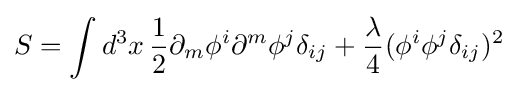
S=\int d^{3}x\,{\frac {1}{2}}\partial _{m}\phi ^{i}\partial ^{m}\phi ^{j}\delta _{ij}+{\frac {\lambda }{4}}(\phi ^{i}\phi ^{j}\delta _{ij})^{2}